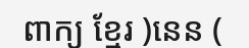
ពាក្យ ខ្មែរ )នេន (